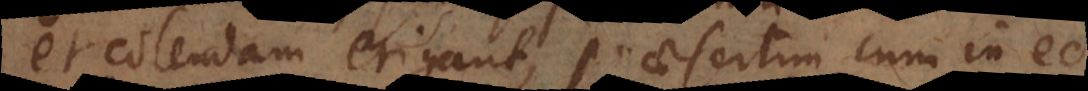
et colendam erigant, praesertim cum in eo